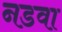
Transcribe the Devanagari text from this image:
नडवा